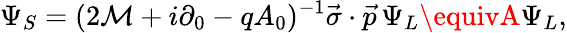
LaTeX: \Psi_{S}=(2\mathcal{M}+i\partial_{0}-qA_{0})^{-1}\vec{{\sigma}}\cdot\vec{{p}}\, \Psi_{L}\equivA\Psi_{L},